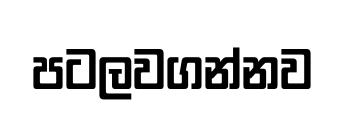
පටලවගන්නව